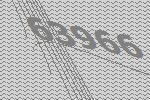
63966